Report on vaccination in Madras 1895-1903 - 1895-1903
Year: 1895
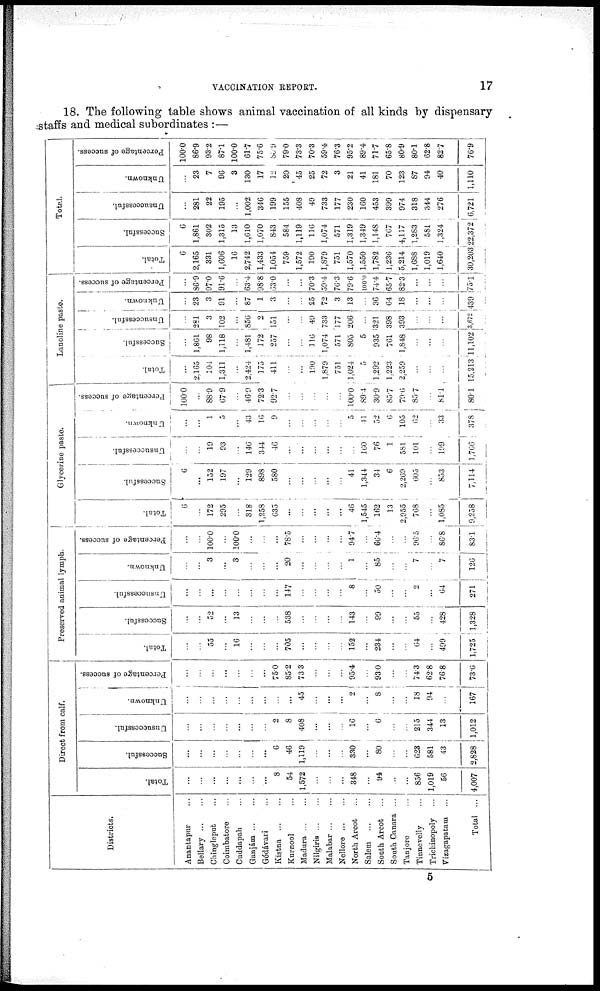
VACCINATION REPORT.
17
18. The following table shows animal vaccination of all kinds by dispensary
staffs and medical subordinates :—
Districts.
Anantapur ...
Bellary ... ...
Chingleput ...
Coimbatore ...
Cuddapah ...
Ganjám ... ...
Gódávari ...
Kistna
...
...
Kurnool ...
Madura ... ...
Nilgiris ... ...
Malabar ... ...
Nellore ... ...
North Arcot ...
Salem
...
...
South Arcot ...
South Canara ...
Tanjore ...
Tinnevelly ...
Trichinopoly ...
Vizagapatam ...
Total ...
Direct from calf.
Total.
...
...
...
...
...
...
...
8
54
1,572
...
...
...
348
...
94
...
...
856
1,019
56
4,007
Successful.
...
...
...
...
...
...
...
6
46
1,119
...
...
...
330
...
80
...
...
623
581
43
2,828
Unsuccessful.
...
...
...
...
...
...
...
2
8
408
...
...
...
16
...
6
...
...
215
344
13
1,012
Unknown.
...
...
...
...
...
...
...
...
...
45
...
...
...
2
...
8
...
...
18
94
...
167
Percentage of success.
...
...
...
...
...
...
...
75.0
85.2
73.3
...
...
...
95.4
...
93.0
...
...
74.3
62.8
76.8
73.6
Preserved animal lymph.
Total.
...
...
55
...
16
...
...
...
705
...
...
...
...
152
...
234
...
...
64
...
499
1,725
Successful.
...
...
52
...
13
...
...
538
...
...
...
...
143
...
99
...
...
55
...
428
1,328
Unsuccessful.
...
...
...
...
...
...
...
...
147
...
...
...
...
8
...
50
...
...
2
...
64
271
Unknown.
...
...
3
...
3
...
...
...
20
...
...
...
...
1
...
85
...
...
7
...
7
126
Percentage of success.
...
...
100.0
...
100.0
...
...
...
78.5
...
...
...
...
94.7
...
66.4
...
...
96.5
...
86.8
83.1
Glycerine paste.
Total.
6
...
172
295
...
318
1,258
635
...
...
...
...
...
46
1,545
162
13
2,955
768
...
1,085
9,258
Successful.
6
...
152
197
...
129
898
580
...
...
...
...
...
41
1,344
34
6
2,269
605
...
853
7,114
Unsuccessful.
...
...
19
93
...
146
344
46
...
...
...
...
...
...
160
76
1
581
101
...
199
1,706
Unknown.
...
...
1
5
...
43
16
9
...
...
...
...
...
5
41
52
6
105
62
...
33
378
Percentage of success.
100.0
...
88.9
67.9
...
46.9
72.3
92.7
...
...
...
...
...
100.0
89.4
30.9
85.7
79.6
85.7
...
81.1
80.1
Lanoline paste.
Total.
...
2,165
104
1,311
...
2,424
175
411
...
...
190
1,879
751
1,024
5
1,292
1,223
2,259
...
...
...
15,213
Successful.
...
1,861
98
1,118
...
1,481
172
257
...
...
116
1,074
571
805
5
935
761
1,848
...
...
...
11,102
Unsuccessful.
...
281
3
102
...
856
2
151
...
...
49
733
177
206
...
321
398
393
...
...
...
3,672
Unknown.
...
23
3
91
...
87
1
3
...
...
25
72
3
13
...
36
64
18
...
...
...
439
Percentage of success.
...
86.9
97.0
91.6
...
63.4
98.8
63.0
...
...
70.3
59.4
76.3
79.6
100.0
74.4
55.7
82.3
...
...
...
75.1
Total.
Total.
6
2,165
331
1,606
16
2,742
1,433
1,054
759
1,572
190
1,879
751
1,570
1,550
1,782
1,236
5,214
1,688
1,019
1,640
30,203
Successful.
6
1,861
302
1,315
13
1,610
1,070
843
584
1,119
116
1,074
571
1,319
1,349
1,148
767
4,117
1,283
581
1,324
22,372
Unsuccessful.
...
281
22
195
...
1,002
346
199
155
408
49
733
177
230
160
453
399
974
318
344
276
6,721
Unknown.
...
23
7
96
3
130
17
12
20
45
25
72
3
21
41
181
70
123
87
94
40
1,110
Percentage of success.
100.0
86.9
93.2
87.1
100.0
61.7
75.6
86.9
79.0
73.3
70.3
59.4
76.3
95.2
89.4
71.7
65.8
80.9
80.1
62.8
82.7
76.9
5